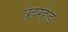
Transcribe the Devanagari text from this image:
वेदरहेड